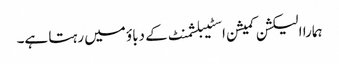
ہمارا الیکشن کمیشن اسٹیبلشمنٹ کے دباؤ میں رہتا ہے۔